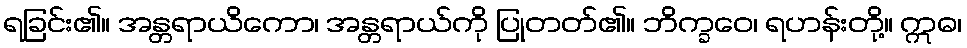
ရခြင်း၏။ အန္တရာယိကော၊ အန္တရာယ်ကို ပြုတတ်၏။ ဘိက္ခဝေ၊ ရဟန်းတို့။ ဣဓ၊